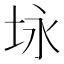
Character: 𪣉